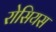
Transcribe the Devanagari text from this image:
रोसियस